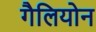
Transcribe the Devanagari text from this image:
गैलियोन